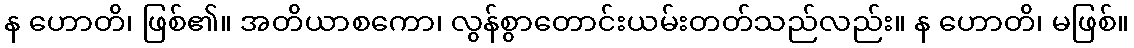
န ဟောတိ၊ ဖြစ်၏။ အတိယာစကော၊ လွန်စွာတောင်းယမ်းတတ်သည်လည်း။ န ဟောတိ၊ မဖြစ်။